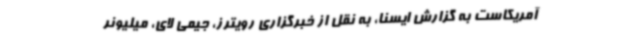
آمریکاست به گزارش ایسنا، به نقل از خبرگزاری رویترز، جیمی لای، میلیونر